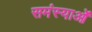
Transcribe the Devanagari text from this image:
समंस्याओं